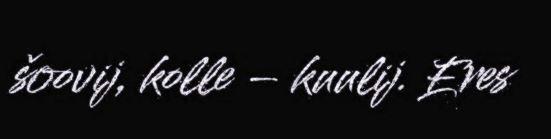
šoovij, kolle – kuulij. Eres